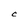
Character: C